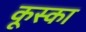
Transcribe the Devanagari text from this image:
कूस्का